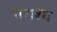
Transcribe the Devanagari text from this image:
नराश्य